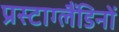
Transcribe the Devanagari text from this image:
प्रस्टाग्लैंडिनों